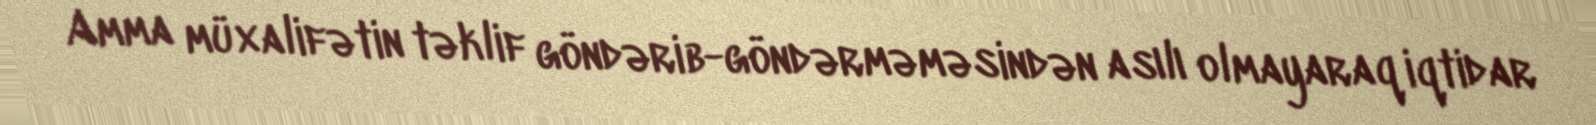
Amma müxalifətin təklif göndərib-göndərməməsindən asılı olmayaraq iqtidar